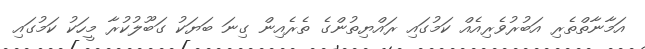
އަމާނާތްތެރި އަބުރުވެރިއެއް ކަމުގައި ރައްޔިތުންގެ ތެރެއިން ގިނަ ބަޔަކު ގަބޫލުކުރާ މީހަކު ކަމުގައި